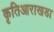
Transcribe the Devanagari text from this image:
कृतिआराखडा